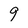
Character: 9